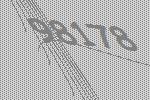
98178